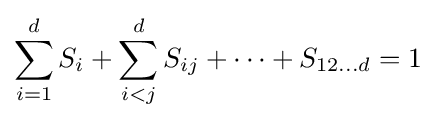
\sum _{i=1}^{d}S_{i}+\sum _{i<j}^{d}S_{ij}+\cdots +S_{12\dots d}=1